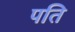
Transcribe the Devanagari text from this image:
पति